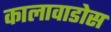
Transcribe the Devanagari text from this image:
कालावाडोस